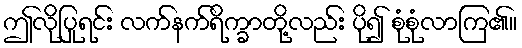
ဤလိုပြုရင်း လက်နက်ရိက္ခာတို့လည်း ပို၍ စုံစုံလာကြ၏။